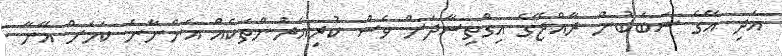
އަދި އޭގެ ސަބަބުން ރާއްޖޭގެ އިގްތިސާދަށް ވެސް ކުރިއެރުންތަކެއް އަންނާނެ ކަމަށް އޭނާ